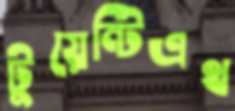
টুয়েন্টিএথ